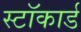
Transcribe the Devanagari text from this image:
स्टॉकार्ड